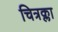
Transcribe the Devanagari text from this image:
चित्रक्ला